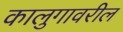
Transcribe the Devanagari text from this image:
कालुगावरील